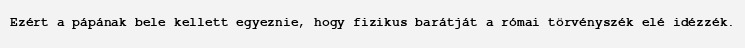
Ezért a pápának bele kellett egyeznie, hogy fizikus barátját a római törvényszék elé idézzék.